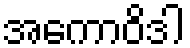
အကောဝိဒါ